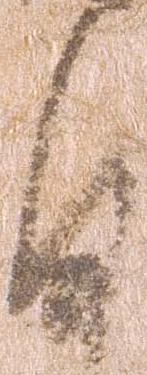
日